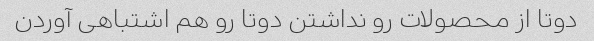
دوتا از محصولات رو نداشتن دوتا رو هم اشتباهی آوردن